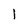
Character: 1